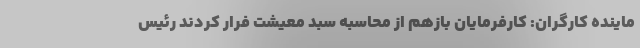
ماینده کارگران: کارفرمایان بازهم از محاسبه سبد معیشت فرار کردند رئیس